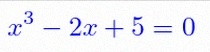
x^3-2x+5=0